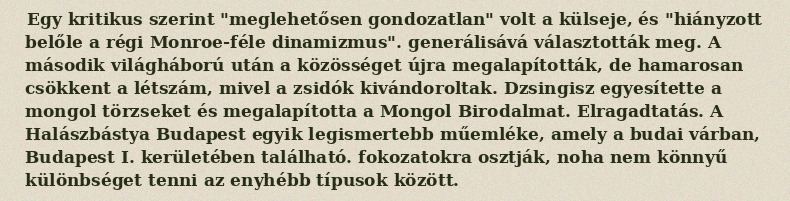
Egy kritikus szerint "meglehetősen gondozatlan" volt a külseje, és "hiányzott belőle a régi Monroe-féle dinamizmus". generálisává választották meg. A második világháború után a közösséget újra megalapították, de hamarosan csökkent a létszám, mivel a zsidók kivándoroltak. Dzsingisz egyesítette a mongol törzseket és megalapította a Mongol Birodalmat. Elragadtatás. A Halászbástya Budapest egyik legismertebb műemléke, amely a budai várban, Budapest I. kerületében található. fokozatokra osztják, noha nem könnyű különbséget tenni az enyhébb típusok között.